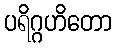
ပရိဂ္ဂဟိတော